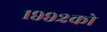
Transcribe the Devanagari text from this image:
१९९२को